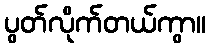
ပွတ်လိုက်တယ်ကွာ။